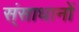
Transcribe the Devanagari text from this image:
स्ंसाधानों